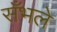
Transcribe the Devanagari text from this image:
सँभले